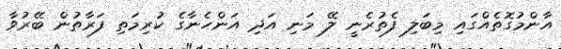
އާންމުގޮތެއްގައި މިބަލި ފެތުރެނީ ލޭ މަނި އަދި އަންހެނާގެ ކުރިމަތި ފަރާތުން ބޭރުވާ